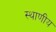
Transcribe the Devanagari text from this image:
स्थाणीय